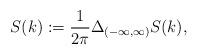
LaTeX: \begin{align*}S(k) := \frac{1}{2\pi}\Delta_{(-\infty, \infty)}S(k),\end{align*}